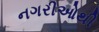
નગરીઓથી